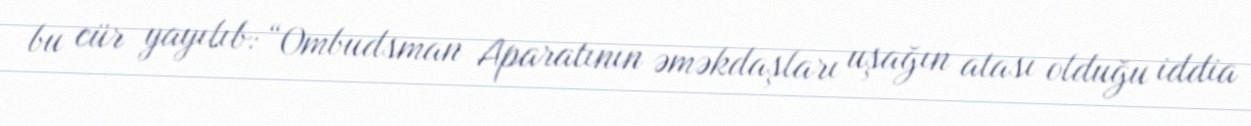
bu cür yayılıb: “Ombudsman Aparatının əməkdaşları uşağın atası olduğu iddia